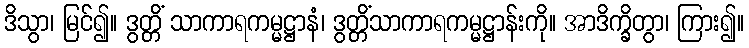
ဒိသွာ၊ မြင်၍။ ဒွတ္တိံ သာကာရကမ္မဋ္ဌာနံ၊ ဒွတ္တိံသာကာရကမ္မဋ္ဌာန်းကို။ အာဒိက္ခိတွာ၊ ကြား၍။